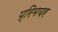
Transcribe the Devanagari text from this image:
प्रिमयर